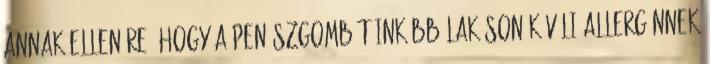
Annak ellenére, hogy a penészgombát inkább lakáson kívüli allergénnek